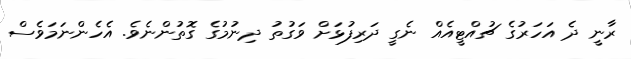
ރާނީ ދެ އަހަރުގެ ޗުއްޓީއެއް ނެގީ ދަރިފުޅަށް ވަގުތު ދިނުމުގެ ގޮތުންނެވެ. އެހެންނަމަވެސް